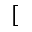
[